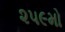
૨૫૯મો